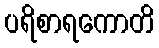
ပရိစာရကောတိ